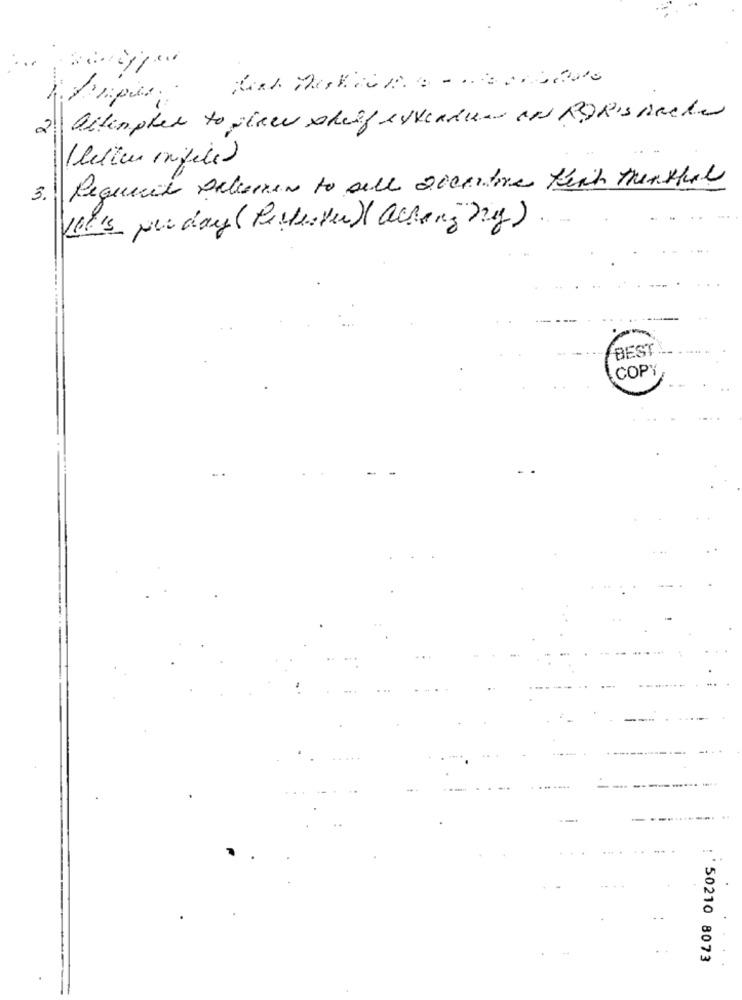
2. Ditempler to shawn shelf extendum and BORIS Becker
( letter inifile)
Required sebemen to all socalore fish thenthal
-
3.
It's per day (Perderte) acting ny).
BEST
COPY
- -
'50210 8073